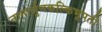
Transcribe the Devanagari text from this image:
नागार्जुनकल्किभूपती